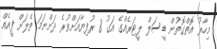
މިހާރު އޮތްގޮތުން ޑީސަލް ލީޓަރެއްގެ އަގު 8 ރުފިޔާއަށްވުރެ ދަށްނަމަ ތެލަށް ފީއެއް